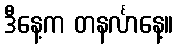
ဒီနေ့က တနင်္လာနေ့။